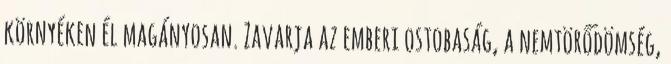
környéken él magányosan. Zavarja az emberi ostobaság, a nemtörődömség,